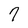
Character: 7